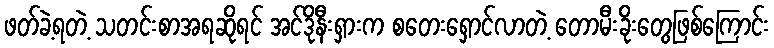
ဖတ်ခဲ့ရတဲ့ သတင်းစာအရဆိုရင် အင်ဒိုနီးရှားက စတေးရှောင်လာတဲ့ တောမီးခိုးတွေဖြစ်ကြောင်း